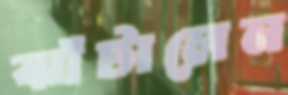
ঝাঁটালেন